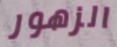
الزهور